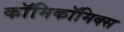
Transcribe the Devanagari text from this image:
काॅमिकॉमिक्स